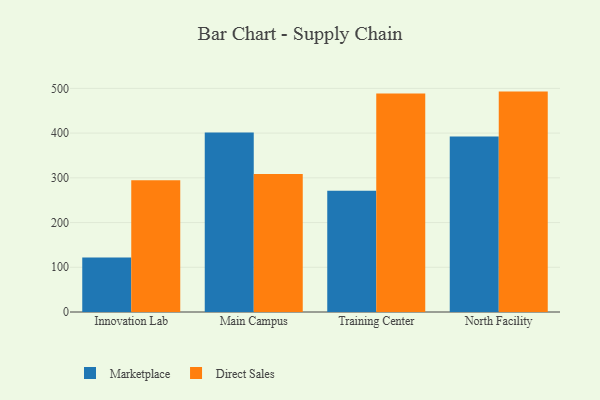
{"axis": {"x": "Campus", "y": "Population (Million)"}, "legend": ["Direct Sales", "Marketplace"], "data": [{"x": "Innovation Lab", "y": 121.6, "type": "Marketplace"}, {"x": "Innovation Lab", "y": 294.7, "type": "Direct Sales"}, {"x": "Main Campus", "y": 401.3, "type": "Marketplace"}, {"x": "Main Campus", "y": 308.8, "type": "Direct Sales"}, {"x": "Training Center", "y": 270.9, "type": "Marketplace"}, {"x": "Training Center", "y": 488.5, "type": "Direct Sales"}, {"x": "North Facility", "y": 392.6, "type": "Marketplace"}, {"x": "North Facility", "y": 492.8, "type": "Direct Sales"}]}